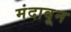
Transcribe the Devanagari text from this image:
मंदावून